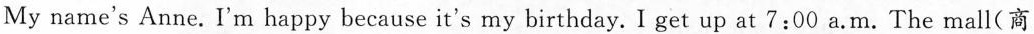
My name's Anne. I'm happy because it's my birthday. I get up at 7:00 a.M.The mall(商